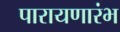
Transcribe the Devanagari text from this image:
पारायणारंभ